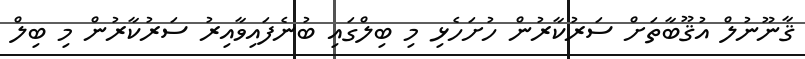
ޤާނޫނުލް އުޤޫބާތަށް ސަރުކާރުން ހުށަހެޅި މި ބިލްގައި ބުނެފައިވާއިރު ސަރުކާރުން މި ބިލް